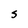
Character: S